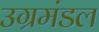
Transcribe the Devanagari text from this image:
उग्रमंडल